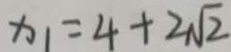
x _ { 1 } = 4 + 2 \sqrt { 2 }